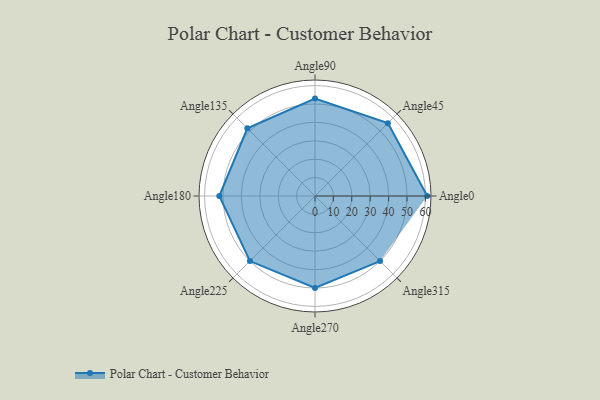
{"axis": {"x": "Angle", "y": "Radius"}, "legend": [""], "data": [{"x": "Angle0", "y": 61.0, "type": ""}, {"x": "Angle45", "y": 56.0, "type": ""}, {"x": "Angle90", "y": 53.0, "type": ""}, {"x": "Angle135", "y": 52.0, "type": ""}, {"x": "Angle180", "y": 52.0, "type": ""}, {"x": "Angle225", "y": 50, "type": ""}, {"x": "Angle270", "y": 50, "type": ""}, {"x": "Angle315", "y": 50, "type": ""}]}